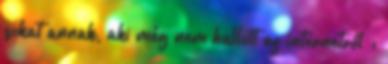
sokat annak, aki még nem hallott az internetről :